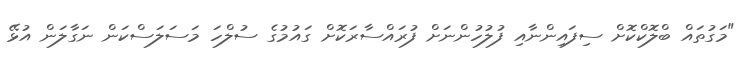
"މަގުތައް ބްލޮކްކޮށް ސިފައިންނާއި ފުލުހުންނަށް ފުރައްސާރަކޮށް ގައުމުގެ ސުލްހަ މަސަލަސްކަން ނަގާލަން އުޅޭ